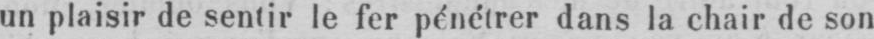
un plaisir de sentir le fer pénétrer dans la chair de son